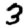
Digit: 3